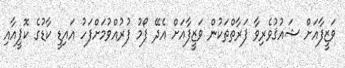
ވަޒީފާއަށް ޝައުޤުވެރިވާ ފަރާތްތަކުން ވަޒީފާއަށް އެދޭ ފޯމު ފުރުއްވުމަށްފަހު އައިޑީ ކާޑުގެ ކޮޕީއާއި